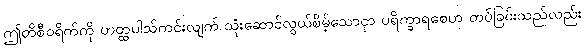
ဤတိစီဝရိက်ကို ဟတ္ထပါသ်ကင်းလျက် သုံးဆောင်လွယ်စိမ့်သောငှာ ပရိက္ခာရစေဟု တပ်ခြင်းသည်လည်း